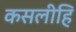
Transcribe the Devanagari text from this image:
कसलीहि